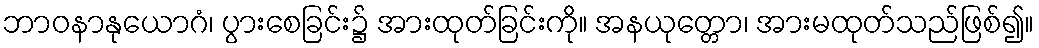
ဘာဝနာနုယောဂံ၊ ပွားစေခြင်း၌ အားထုတ်ခြင်းကို။ အနယုတ္တော၊ အားမထုတ်သည်ဖြစ်၍။